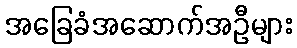
အခြေခံအဆောက်အဦများ